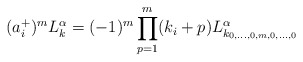
\begin{align*}(a^+_i)^mL^\alpha_k=(-1)^m\prod_{p=1}^m(k_i+p)L^{\alpha}_{k_{0,\dots,0,m,0,\dots,0}}\end{align*}